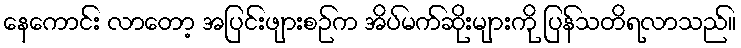
နေကောင်း လာတော့ အပြင်းဖျားစဉ်က အိပ်မက်ဆိုးများကို ပြန်သတိရလာသည်။